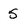
Character: 5